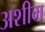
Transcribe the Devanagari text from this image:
अशीम